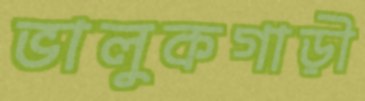
ভালুকগাড়ী